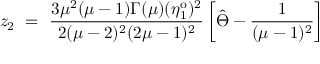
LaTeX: z _ { 2 } ~ = ~ \frac { 3 \mu ^ { 2 } ( \mu - 1 ) \Gamma ( \mu ) ( \eta _ { 1 } ^ { \mathrm { o } } ) ^ { 2 } } { 2 ( \mu - 2 ) ^ { 2 } ( 2 \mu - 1 ) ^ { 2 } } \left[ \hat { \Theta } - \frac { 1 } { ( \mu - 1 ) ^ { 2 } } \right]